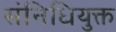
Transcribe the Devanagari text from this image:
संनिधियुक्त